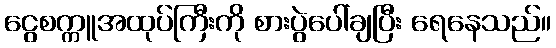
ငွေစက္ကူအထုပ်ကြီးကို စားပွဲပေါ်ချပြီး ရေနေသည်။